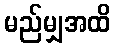
မည်မျှအထိ